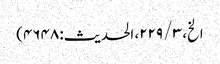
الخ، ۳ / ۲۲۹، الحدیث: ۴۶۴۸)